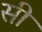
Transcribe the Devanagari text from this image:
सी